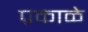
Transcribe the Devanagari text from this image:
प्रकाळे